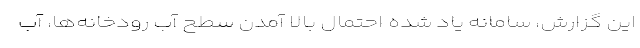
این گزارش، سامانه یاد شده احتمال بالا آمدن سطح آب رودخانه‌ها، آب‌